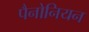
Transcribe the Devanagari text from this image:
पैनोनियन